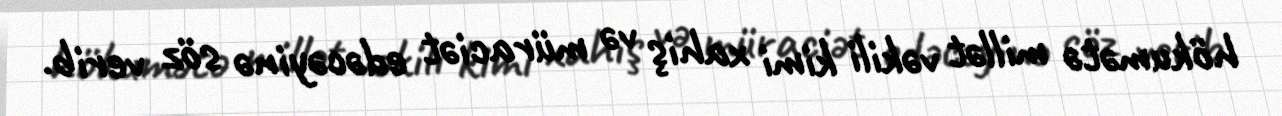
hökumətə millət vəkili kimi xahiş və müraciət edəcəyinə söz verib.